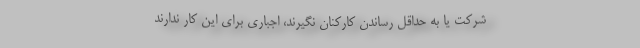
شرکت یا به حداقل رساندن کارکنان نگیرند، اجباری برای این کار ندارند